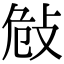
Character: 𢼨